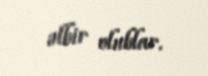
əlbir olublar.